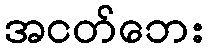
အငတ်ဘေး